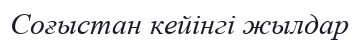
Соғыстан кейінгі жылдар